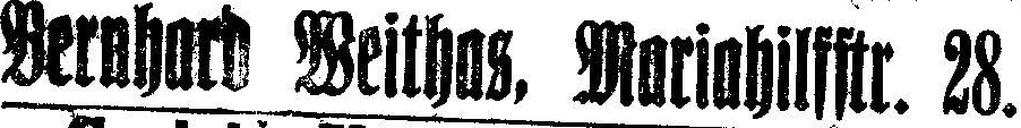
Bernhard Weithas, Mariahilfstr. 28.